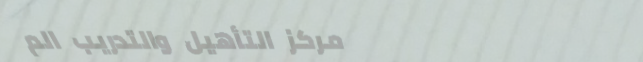
مركز التأهيل والتدريب الم